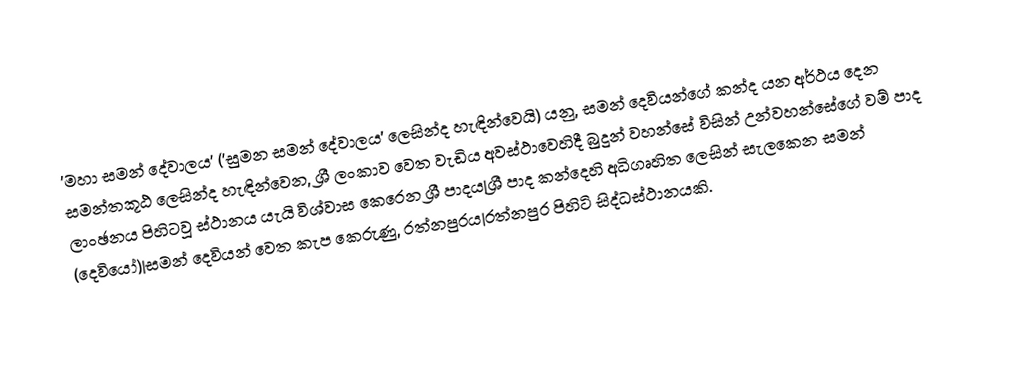
'මහා සමන් දේවාලය' ('සුමන සමන් දේවාලය' ලෙසින්ද හැඳින්වෙයි) යනු, සමන් දෙවියන්ගේ කන්ද යන අර්ථය දෙන සමන්තකූඨ ලෙසින්ද හැඳින්වෙන, ශ්‍රී ලංකාව වෙත වැඩිය අවස්ථාවෙහිදී  බුදුන් වහන්සේ විසින් උන්වහන්සේගේ වම් පාද ලාංඡනය පිහිටවූ ස්ථානය යැයි විශ්වාස කෙරෙන  ශ්‍රී පාදය|ශ්‍රී පාද කන්දෙහි අධිගෘහිත ලෙසින් සැලකෙන  සමන් (දෙවියෝ)|සමන් දෙවියන් වෙත කැප කෙරුණු, රත්නපුරය|රත්නපුර පිහිටි සිද්ධස්ථානයකි.